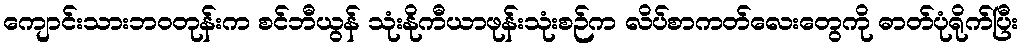
ကျောင်းသားဘဝတုန်းက စင်ဘီယွန် သုံးနိုကီယာဖုန်းသုံးစဉ်က လိပ်စာကတ်လေးတွေကို ဓာတ်ပုံရိုက်ပြီး